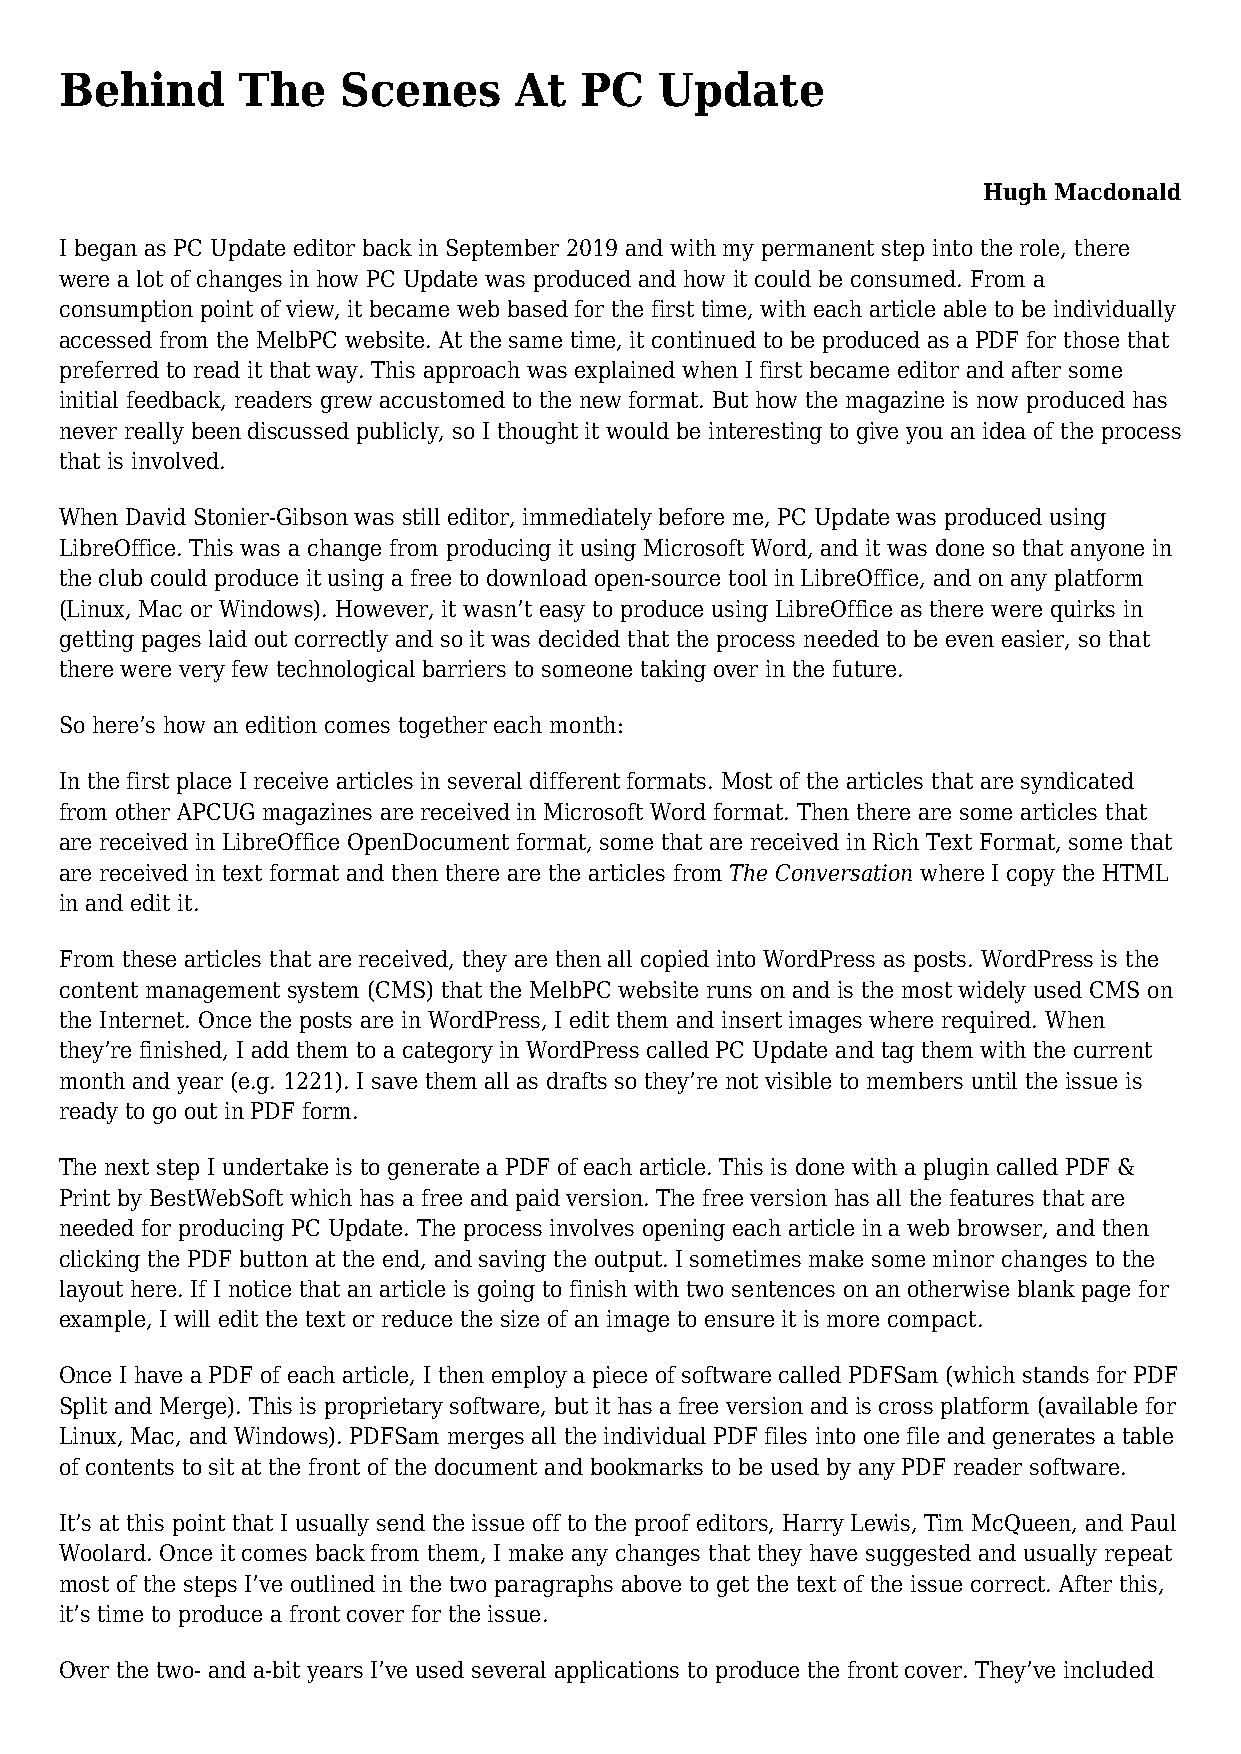
Behind      The    Scenes     At  PC    Update
 Hugh Macdonald
 I began as PC Update editor back in September 2019 and with my permanent step into the role, there
 were a lot of changes in how PC Update was produced and how it could be consumed. From a
 consumption point of view, it became web based for the first time, with each article able to be individually
 accessed from the MelbPC website. At the same time, it continued to be produced as a PDF for those that
 preferred to read it that way. This approach was explained when I first became editor and after some
 initial feedback, readers grew accustomed to the new format. But how the magazine is now produced has
 never really been discussed publicly, so I thought it would be interesting to give you an idea of the process
 that is involved.
 When David Stonier-Gibson was still editor, immediately before me, PC Update was produced using
 LibreOffice. This was a change from producing it using Microsoft Word, and it was done so that anyone in
 the club could produce it using a free to download open-source tool in LibreOffice, and on any platform
 (Linux, Mac or Windows). However, it wasn’t easy to produce using LibreOffice as there were quirks in
 getting pages laid out correctly and so it was decided that the process needed to be even easier, so that
 there were very few technological barriers to someone taking over in the future.
 So here’s how an edition comes together each month:
 In the first place I receive articles in several different formats. Most of the articles that are syndicated
 from other APCUG magazines are received in Microsoft Word format. Then there are some articles that
 are received in LibreOffice OpenDocument format, some that are received in Rich Text Format, some that
 are received in text format and then there are the articles from The Conversation where I copy the HTML
 in and edit it.
 From these articles that are received, they are then all copied into WordPress as posts. WordPress is the
 content management system (CMS) that the MelbPC website runs on and is the most widely used CMS on
 the Internet. Once the posts are in WordPress, I edit them and insert images where required. When
 they’re finished, I add them to a category in WordPress called PC Update and tag them with the current
 month and year (e.g. 1221). I save them all as drafts so they’re not visible to members until the issue is
 ready to go out in PDF form.
 The next step I undertake is to generate a PDF of each article. This is done with a plugin called PDF &
 Print by BestWebSoft which has a free and paid version. The free version has all the features that are
 needed for producing PC Update. The process involves opening each article in a web browser, and then
 clicking the PDF button at the end, and saving the output. I sometimes make some minor changes to the
 layout here. If I notice that an article is going to finish with two sentences on an otherwise blank page for
 example, I will edit the text or reduce the size of an image to ensure it is more compact.
 Once I have a PDF of each article, I then employ a piece of software called PDFSam (which stands for PDF
 Split and Merge). This is proprietary software, but it has a free version and is cross platform (available for
 Linux, Mac, and Windows). PDFSam merges all the individual PDF files into one file and generates a table
 of contents to sit at the front of the document and bookmarks to be used by any PDF reader software.
 It’s at this point that I usually send the issue off to the proof editors, Harry Lewis, Tim McQueen, and Paul
 Woolard. Once it comes back from them, I make any changes that they have suggested and usually repeat
 most of the steps I’ve outlined in the two paragraphs above to get the text of the issue correct. After this,
 it’s time to produce a front cover for the issue.
 Over the two- and a-bit years I’ve used several applications to produce the front cover. They’ve included